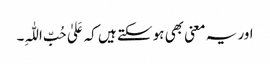
اور یہ معنی بھی ہو سکتے ہیں کہ عَلیٰ حُبِّ اللّٰہِ۔